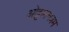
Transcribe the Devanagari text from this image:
ओट्टानचत्रम